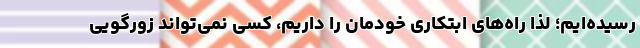
رسیده‌ایم؛ لذا راه‌های ابتکاری خودمان را داریم، کسی نمی‌تواند زورگویی